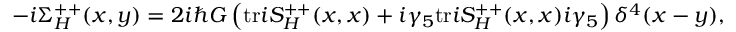
- i \Sigma _ { H } ^ { + + } ( x , y ) = 2 i \hbar G \left( \mathrm { t r } i S _ { H } ^ { + + } ( x , x ) + i \gamma _ { 5 } \mathrm { t r } i S _ { H } ^ { + + } ( x , x ) i \gamma _ { 5 } \right) \delta ^ { 4 } ( x - y ) ,